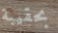
بحقيبة